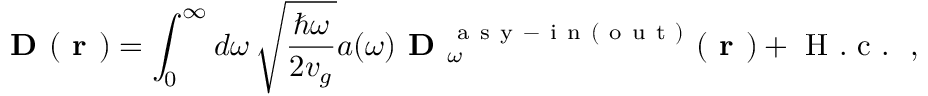
\textbf { D } ( \textbf { r } ) = \int _ { 0 } ^ { \infty } d \omega \, \sqrt { \frac { \hbar \omega } { 2 v _ { g } } } a ( \omega ) \textbf { D } _ { \omega } ^ { \mathrm { ~ a ~ s ~ y ~ - ~ i ~ n ~ ( ~ o ~ u ~ t ~ ) ~ } } ( \textbf { r } ) + \mathrm { ~ H ~ . ~ c ~ . ~ } \ ,